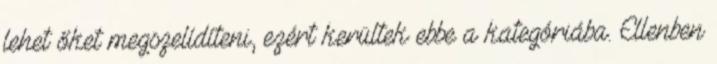
lehet őket megszelídíteni, ezért kerültek ebbe a kategóriába. Ellenben